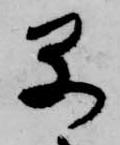
早